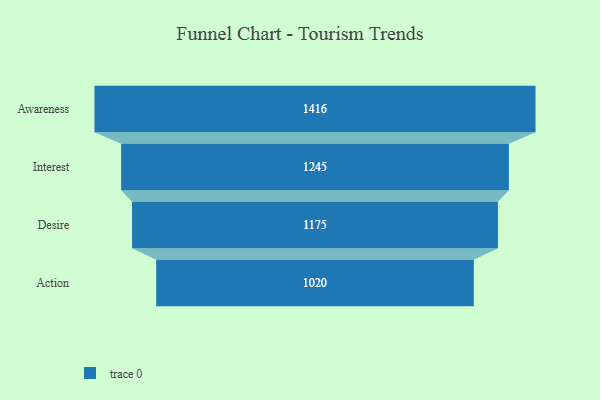
{"axis": {"x": "Stage", "y": "Value"}, "legend": [""], "data": [{"x": "Awareness", "y": 1416.0, "type": ""}, {"x": "Interest", "y": 1245.0, "type": ""}, {"x": "Desire", "y": 1175.0, "type": ""}, {"x": "Action", "y": 1020.0, "type": ""}]}